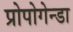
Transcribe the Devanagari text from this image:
प्रोपोगेन्डा